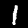
Label: 1